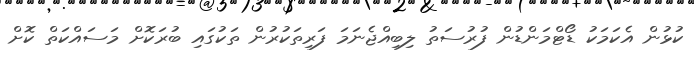
ކުޅުން އެކަމަކު ޑޯޓްމަންޑުން ފުރުސަތު ލިބިއްޖެނަމަ ފަރިތަކުރުން ތަކުގައި ބުރަކޮށް މަސައްކަތް ކޮށް